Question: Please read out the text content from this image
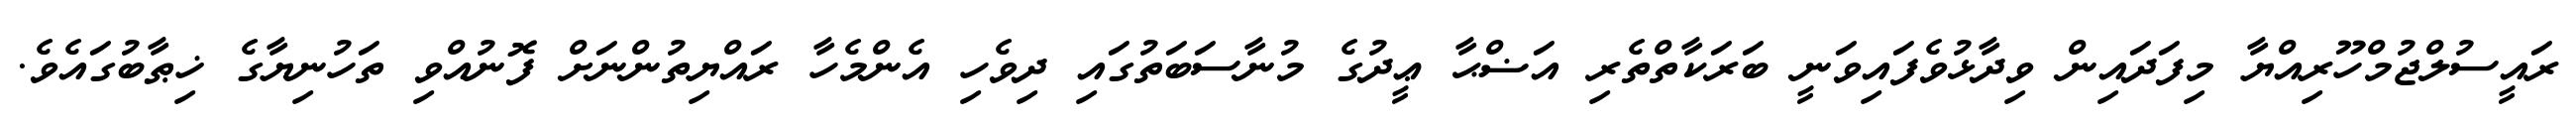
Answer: ރައީސުލްޖުމްހޫރިއްޔާ މިފަދައިން ވިދާޅުވެފައިވަނީ ބަރަކާތްތެރި އަޟްޙާ ޢީދުގެ މުނާސަބަތުގައި ދިވެހި އެންމެހާ ރައްޔިތުންނަށް ފޮނުއްވި ތަހުނިޔާގެ ޚިޠާބުގައެވެ.